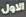
الاول